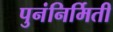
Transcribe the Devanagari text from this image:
पुनंनिर्मिती